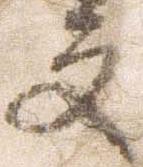
文